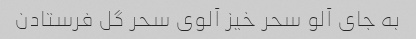
به جای آلو سحر خیز آلوی سحر گل فرستادن